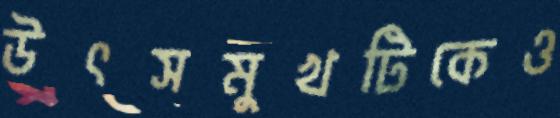
উৎসমুখটিকেও